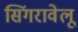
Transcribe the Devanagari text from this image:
सिंगरावेलू